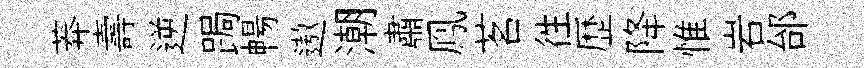
莽壽逆跼暢遨潮肅鳯茗徃歴降惟岩邰